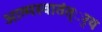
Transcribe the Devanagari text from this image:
आत्मस्वातंत््रय